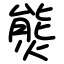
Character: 熋